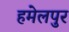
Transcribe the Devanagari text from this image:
हमेलपुर